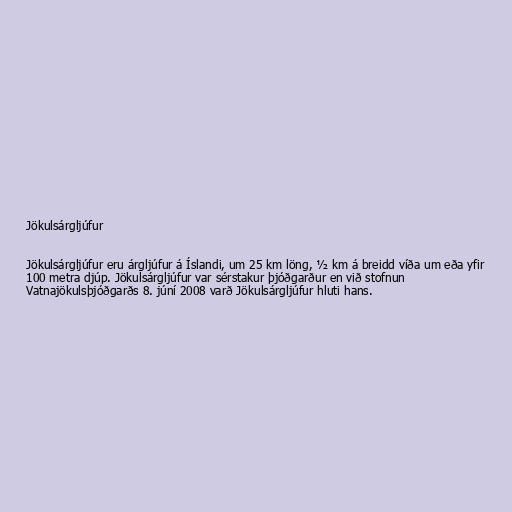
Jökulsárgljúfur

Jökulsárgljúfur eru árgljúfur á Íslandi, um 25 km löng, ½ km á breidd víða um eða yfir
100 metra djúp. Jökulsárgljúfur var sérstakur þjóðgarður en við stofnun
Vatnajökulsþjóðgarðs 8. júní 2008 varð Jökulsárgljúfur hluti hans.